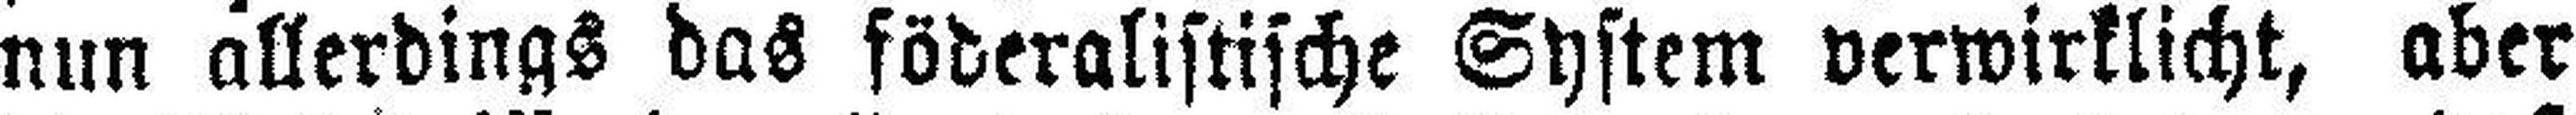
nun allerdings das föderalistische System verwirklicht, aber